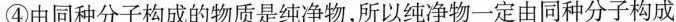
④由同种分子构成的物质是纯净物，所以纯净物一定由同种分子构成